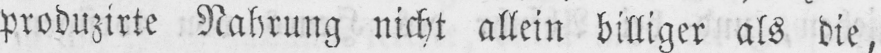
produzirte Nahrung nicht allein billiger als die,